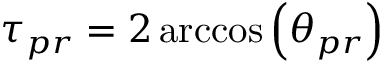
\tau _ { p r } = 2 \operatorname { a r c c o s } \left( \theta _ { p r } \right)